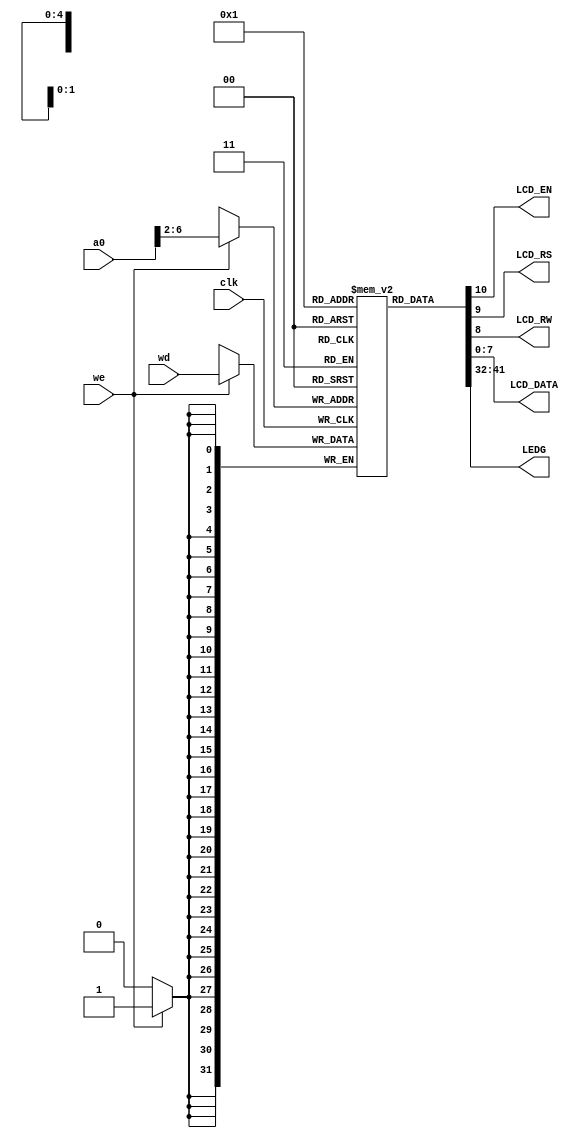
// This file is part of the umips project.
// Copyright (c) 2011 Ibrahim Abd Elkader <i.abdalkader@gmail.com> 
// See the file COPYING for copying permission.

module umips_mmio (
    input  wire         clk,
    input  wire         we,
    input  wire [31:0]  wd,
    input  wire [31:0]  a0,        
	output wire         LCD_EN,
    output wire         LCD_RS,
    output wire         LCD_RW,
	output wire [7:0]   LCD_DATA,
    output wire [9:0]   LEDG
);  
    reg [31:0] mmio[31:0];
    
    integer i;	
    initial begin
        for(i=0; i<32; i=i+1)
			mmio[i] <=32'b0;
	end      
      
    always @(posedge clk) begin
        if (we) begin
            mmio[a0[6:2]] <= wd;
        end        
	end
    
    assign LEDG = mmio[0][9:0];
    assign {LCD_EN, LCD_RS, LCD_RW, LCD_DATA} = mmio[1][10:0];
endmodule